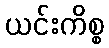
ယင်းကိစ္စ